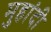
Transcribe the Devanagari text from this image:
मुहांदी